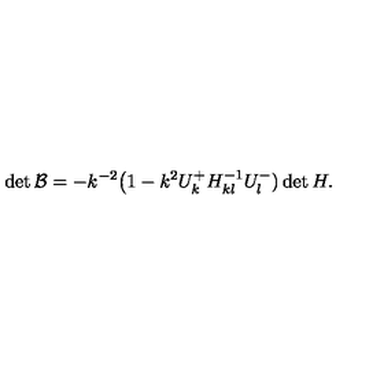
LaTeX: \det { \cal B } = - k ^ { - 2 } \big ( 1 - k ^ { 2 } U _ { k } ^ { + } H _ { k l } ^ { - 1 } U _ { l } ^ { - } ) \det H .